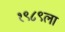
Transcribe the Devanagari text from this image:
१९८९ला